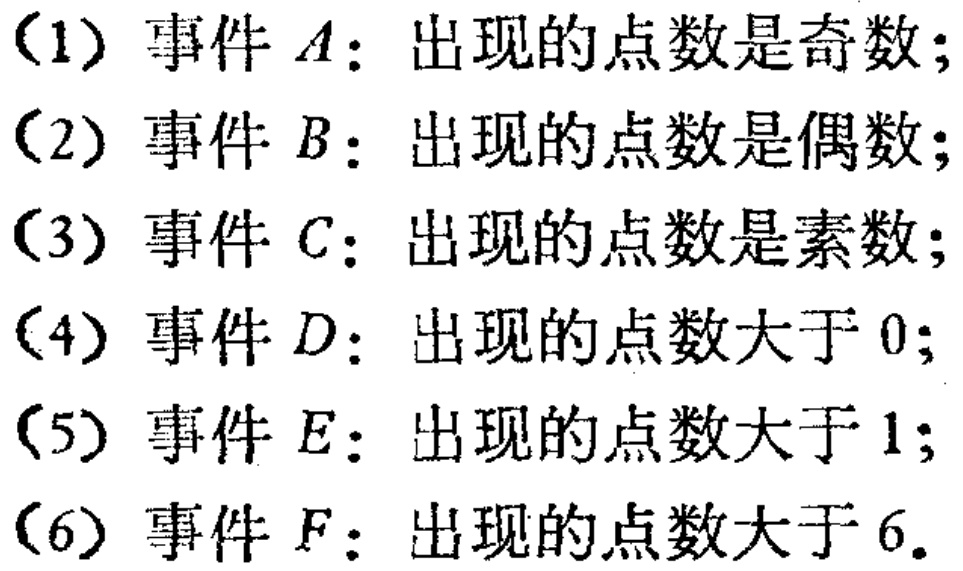
（1）事件 \(A\)：出现的点数是奇数；
（2）事件 \(B\)：出现的点数是偶数；
（3）事件 \(C\)：出现的点数是素数；
（4）事件 \(D\)：出现的点数大于 \(0\)；
（5）事件 \(E\)：出现的点数大于 \(1\)；
（6）事件 \(F\)：出现的点数大于 \(6\)。